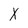
Character: X